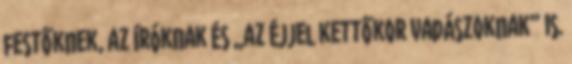
festőknek, az íróknak és „az éjjel kettőkor vadászoknak” is.